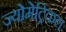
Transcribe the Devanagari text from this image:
ज्योमेट्रिकल